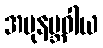
အပုနဗ္ဘဝါယ